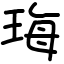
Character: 珻